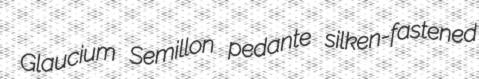
Glaucium Semillon pedante silken-fastened